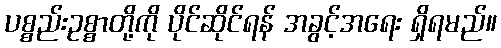
ပစ္စည်းဥစ္စာတို့ကို ပိုင်ဆိုင်ရန် အခွင့်အရေး ရှိရမည်။